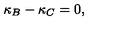
\kappa _ { B } - \kappa _ { C } = 0 ,